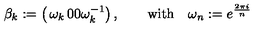
\beta _ { k } : = \left( \begin{matrix} { \omega _ { k } } & { 0 } \\ { 0 } & { \omega _ { k } ^ { - 1 } } \\ \end{matrix} \right) , \qquad \mathrm { w i t h } \quad \omega _ { n } : = e ^ { \frac { 2 \pi i } { n } }